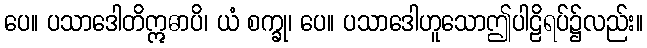
ပေ။ ပသာဒေါတိဣဓာပိ၊ ယံ စက္ခု၊ ပေ။ ပသာဒေါဟူသောဤပါဠိရပ်၌လည်း။